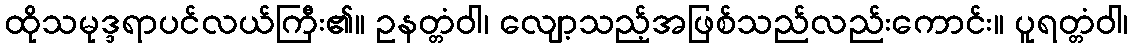
ထိုသမုဒ္ဒရာပင်လယ်ကြီး၏။ ဥနတ္တံဝါ၊ လျော့သည့်အဖြစ်သည်လည်းကောင်း။ ပူရတ္တံဝါ၊